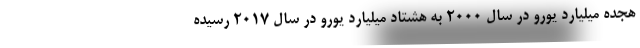
هجده میلیارد یورو در سال ۲۰۰۰ به هشتاد میلیارد یورو در سال ۲۰۱۷ رسیده